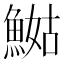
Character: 𲌺